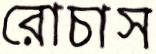
রোচাস